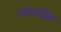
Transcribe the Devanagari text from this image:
रणकर्कश